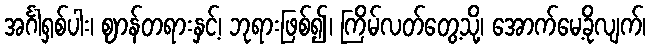
အင်္ဂါရှစ်ပါး၊ ဈာန်တရားနှင့်၊ ဘုရားဖြစ်၍၊ ကြိမ်လတ်တွေ့သို့၊ အောက်မေ့ခိုလျက်၊